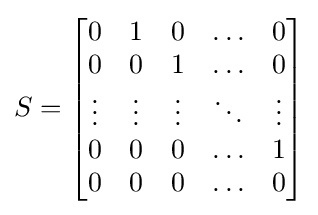
S={\begin{bmatrix}0&1&0&\ldots &0\\0&0&1&\ldots &0\\\vdots &\vdots &\vdots &\ddots &\vdots \\0&0&0&\ldots &1\\0&0&0&\ldots &0\end{bmatrix}}